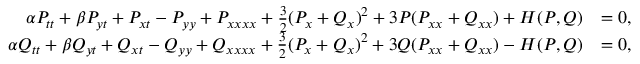
\begin{array} { r l } { \alpha P _ { t t } + \beta P _ { y t } + P _ { x t } - P _ { y y } + P _ { x x x x } + \frac { 3 } { 2 } ( P _ { x } + Q _ { x } ) ^ { 2 } + 3 P ( P _ { x x } + Q _ { x x } ) + H ( P , Q ) } & { = 0 , } \\ { \alpha Q _ { t t } + \beta Q _ { y t } + Q _ { x t } - Q _ { y y } + Q _ { x x x x } + \frac { 3 } { 2 } ( P _ { x } + Q _ { x } ) ^ { 2 } + 3 Q ( P _ { x x } + Q _ { x x } ) - H ( P , Q ) } & { = 0 , } \end{array}